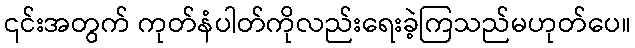
၎င်းအတွက် ကုတ်နံပါတ်ကိုလည်းရေးခဲ့ကြသည်မဟုတ်ပေ။